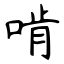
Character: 啃